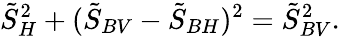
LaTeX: \tilde{S}_{H}^{2}+(\tilde{S}_{BV}-\tilde{S}_{BH})^{2}=\tilde{S}_{BV}^{2}.